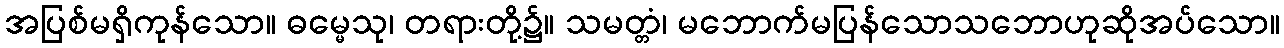
အပြစ်မရှိကုန်သော။ ဓမ္မေသု၊ တရားတို့၌။ သမတ္တံ၊ မဘောက်မပြန်သောသဘောဟုဆိုအပ်သော။